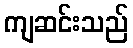
ကျဆင်းသည်